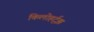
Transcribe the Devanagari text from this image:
किलोहर्ट्‌झ